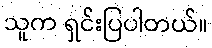
သူက ရှင်းပြပါတယ်။